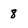
Character: 8